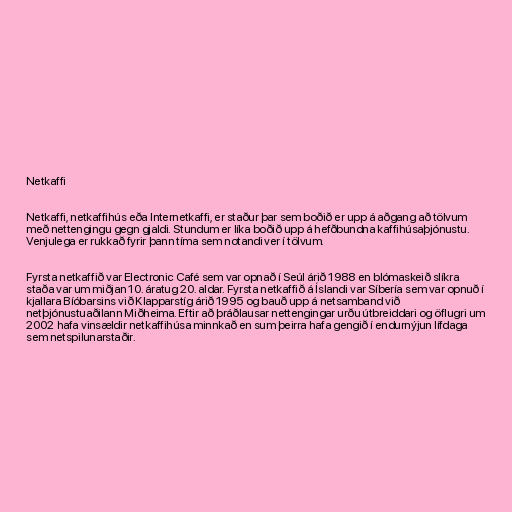
Netkaffi

Netkaffi, netkaffihús eða Internetkaffi, er staður þar sem boðið er upp á aðgang að tölvum
með nettengingu gegn gjaldi. Stundum er líka boðið upp á hefðbundna kaffihúsaþjónustu.
Venjulega er rukkað fyrir þann tíma sem notandi ver í tölvum.

Fyrsta netkaffið var Electronic Café sem var opnað í Seúl árið 1988 en blómaskeið slíkra
staða var um miðjan 10. áratug 20. aldar. Fyrsta netkaffið á Íslandi var Síbería sem var opnuð í
kjallara Bíóbarsins við Klapparstíg árið 1995 og bauð upp á netsamband við
netþjónustuaðilann Miðheima. Eftir að þráðlausar nettengingar urðu útbreiddari og öflugri um
2002 hafa vinsældir netkaffihúsa minnkað en sum þeirra hafa gengið í endurnýjun lífdaga
sem netspilunarstaðir.